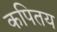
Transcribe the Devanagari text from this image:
कपितय